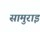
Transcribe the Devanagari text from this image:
सामुराइ